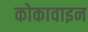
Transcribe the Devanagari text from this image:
कोकावाइन